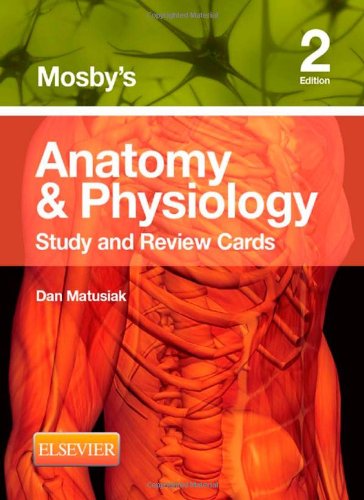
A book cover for Mosby's Anatomy & Physiology Study and Review Cards, 2e; Dan Matusiak Ed D; Medical Books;